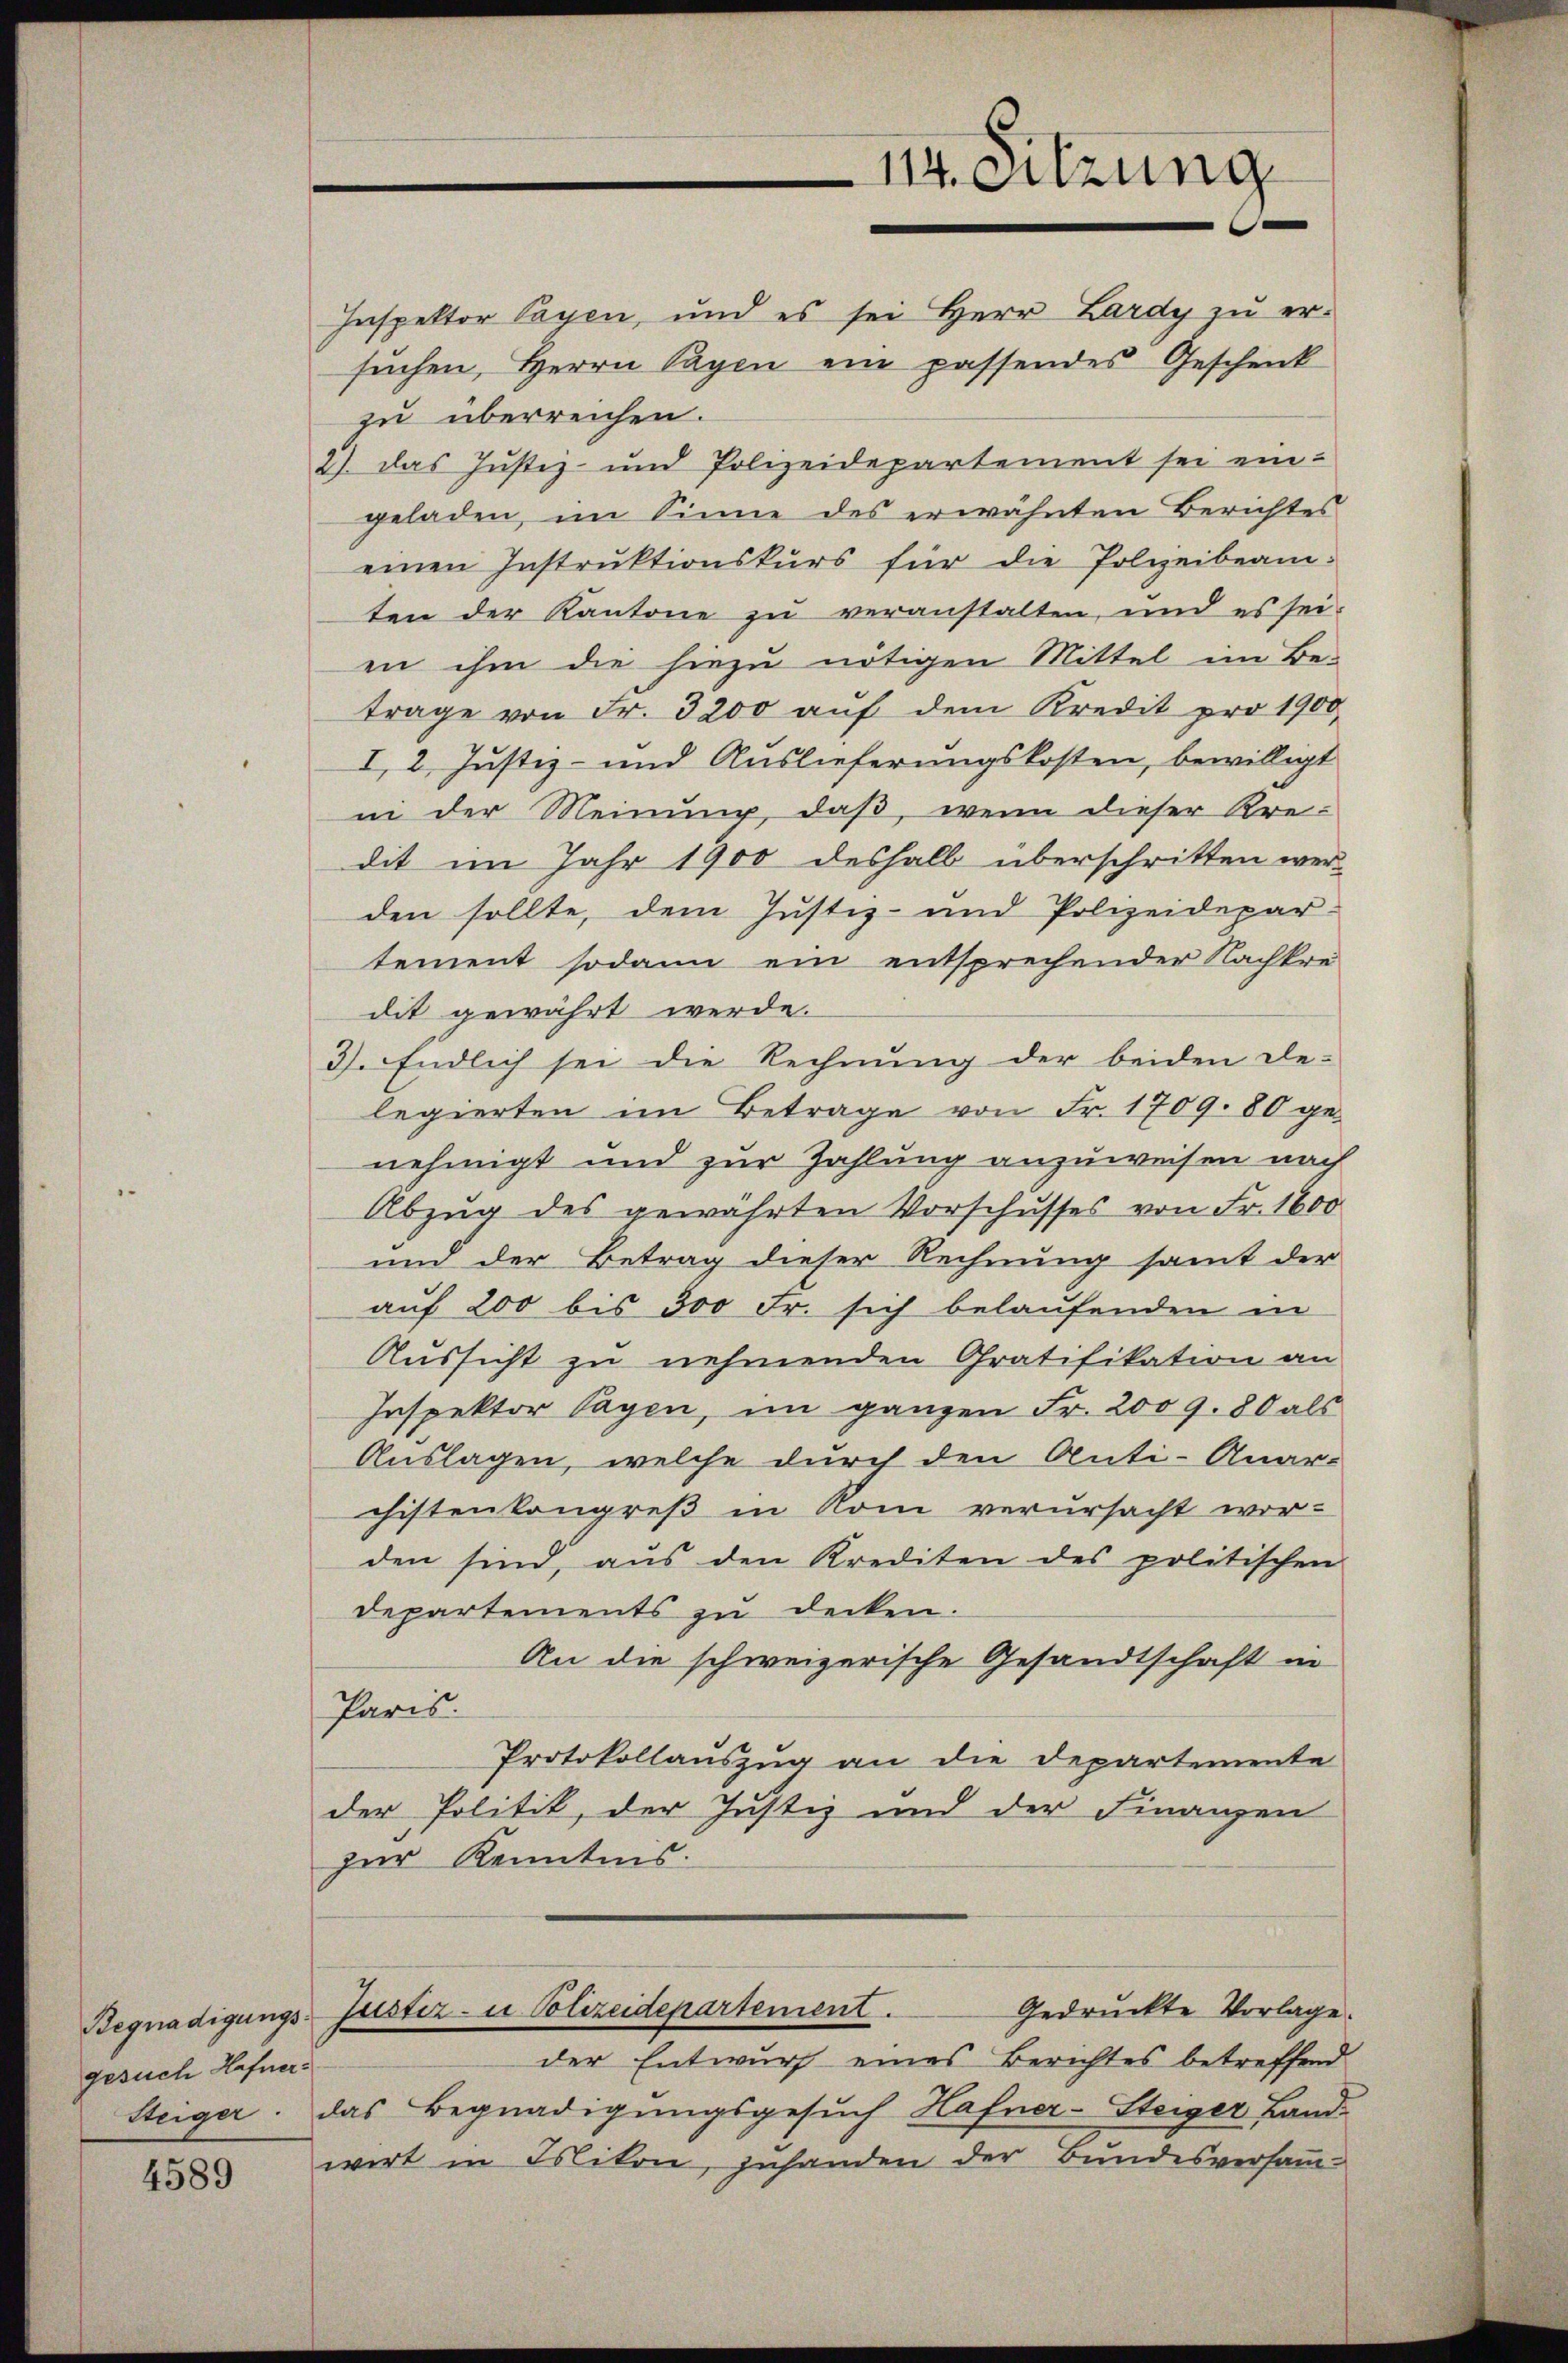
gesuch Hafner¬

4589

14. Sitzung

Inspektor Payen, und es sei Herr Lardy zu ersuchen, Herrn Tagen ein passendes Geschenk
zu überreichen.
2). Das Justiz- und Polizeidepartement sei ein-
geladen, im Sinne des erwähnten Berichtes
einen Instruktionskurs für die Polizeibeam-
ten der Kantone zu veranstalten, und es sei.
en ihm die hiezu nötigen Mittel im Be-
trage von Fr. 3200 auf dem Kredit pro 1900
I, 2. Justiz- und Auslieferungskosten, bewilligt
in der Meinung, daß, wenn dieser Kre-
dit im Jahr 1900 deshalb überschritten wer-
den sollte, dem Justiz- und Polizeidepar-
tement sodann ein entsprechender Nachkre
dit gewährt werde.
3). Endlich sei die Rechnung der beiden De-
legierten im Betrage von Fr. 1709. 80 genehmigt und zur Zahlung anzuweisen nach
Abzug des gewährten Vorschusses von Fr. 1600
und der Betrag dieser Rechnung samt der
auf 200 bis 300 Fr. sich belaufenden in
Aussicht zu nehmenden Gratifikation an
Inspektor Tagen, im ganzen Fr. 2009. 80 als
Auslagen, welche durch den Anti-Anar-
chistenkongreß in Rom verursacht wor-
den sind, aus den Krediten des politischen
Departements zu decken.
An die schweizerische Gesandtschaft in
Paris.
Protokollauszug an die Departemente
der Politik, der Justiz und der Finanzen
zur Kenntnis.
Gedruckte Vorlage.
Begnadigungs-Justiz- u Polizeidepartement.
der Entwurf eines Berichtes betreffend
Steiger. Das Begnadigungsgesuch Hafner-Steiger Land-
wirt in Mikon, zuhanden der Bundesversamm¬